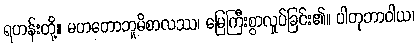
ရဟန်းတို့။ မဟတောဘူမိစာလဿ၊ မြေကြီးစွာလှုပ်ခြင်း၏။ ပါတုဘာဝါယ၊